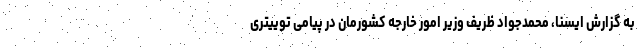
به گزارش ایسنا، محمدجواد ظریف وزیر امور خارجه کشورمان در پیامی توییتری